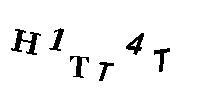
H1TT4T